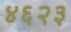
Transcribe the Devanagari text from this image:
४६२३